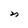
Character: n